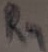
Text: R4